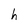
Character: h